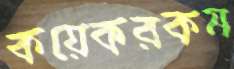
কয়েকরকম